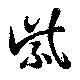
紫